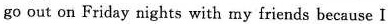
go out on Friday nights with my friends because I